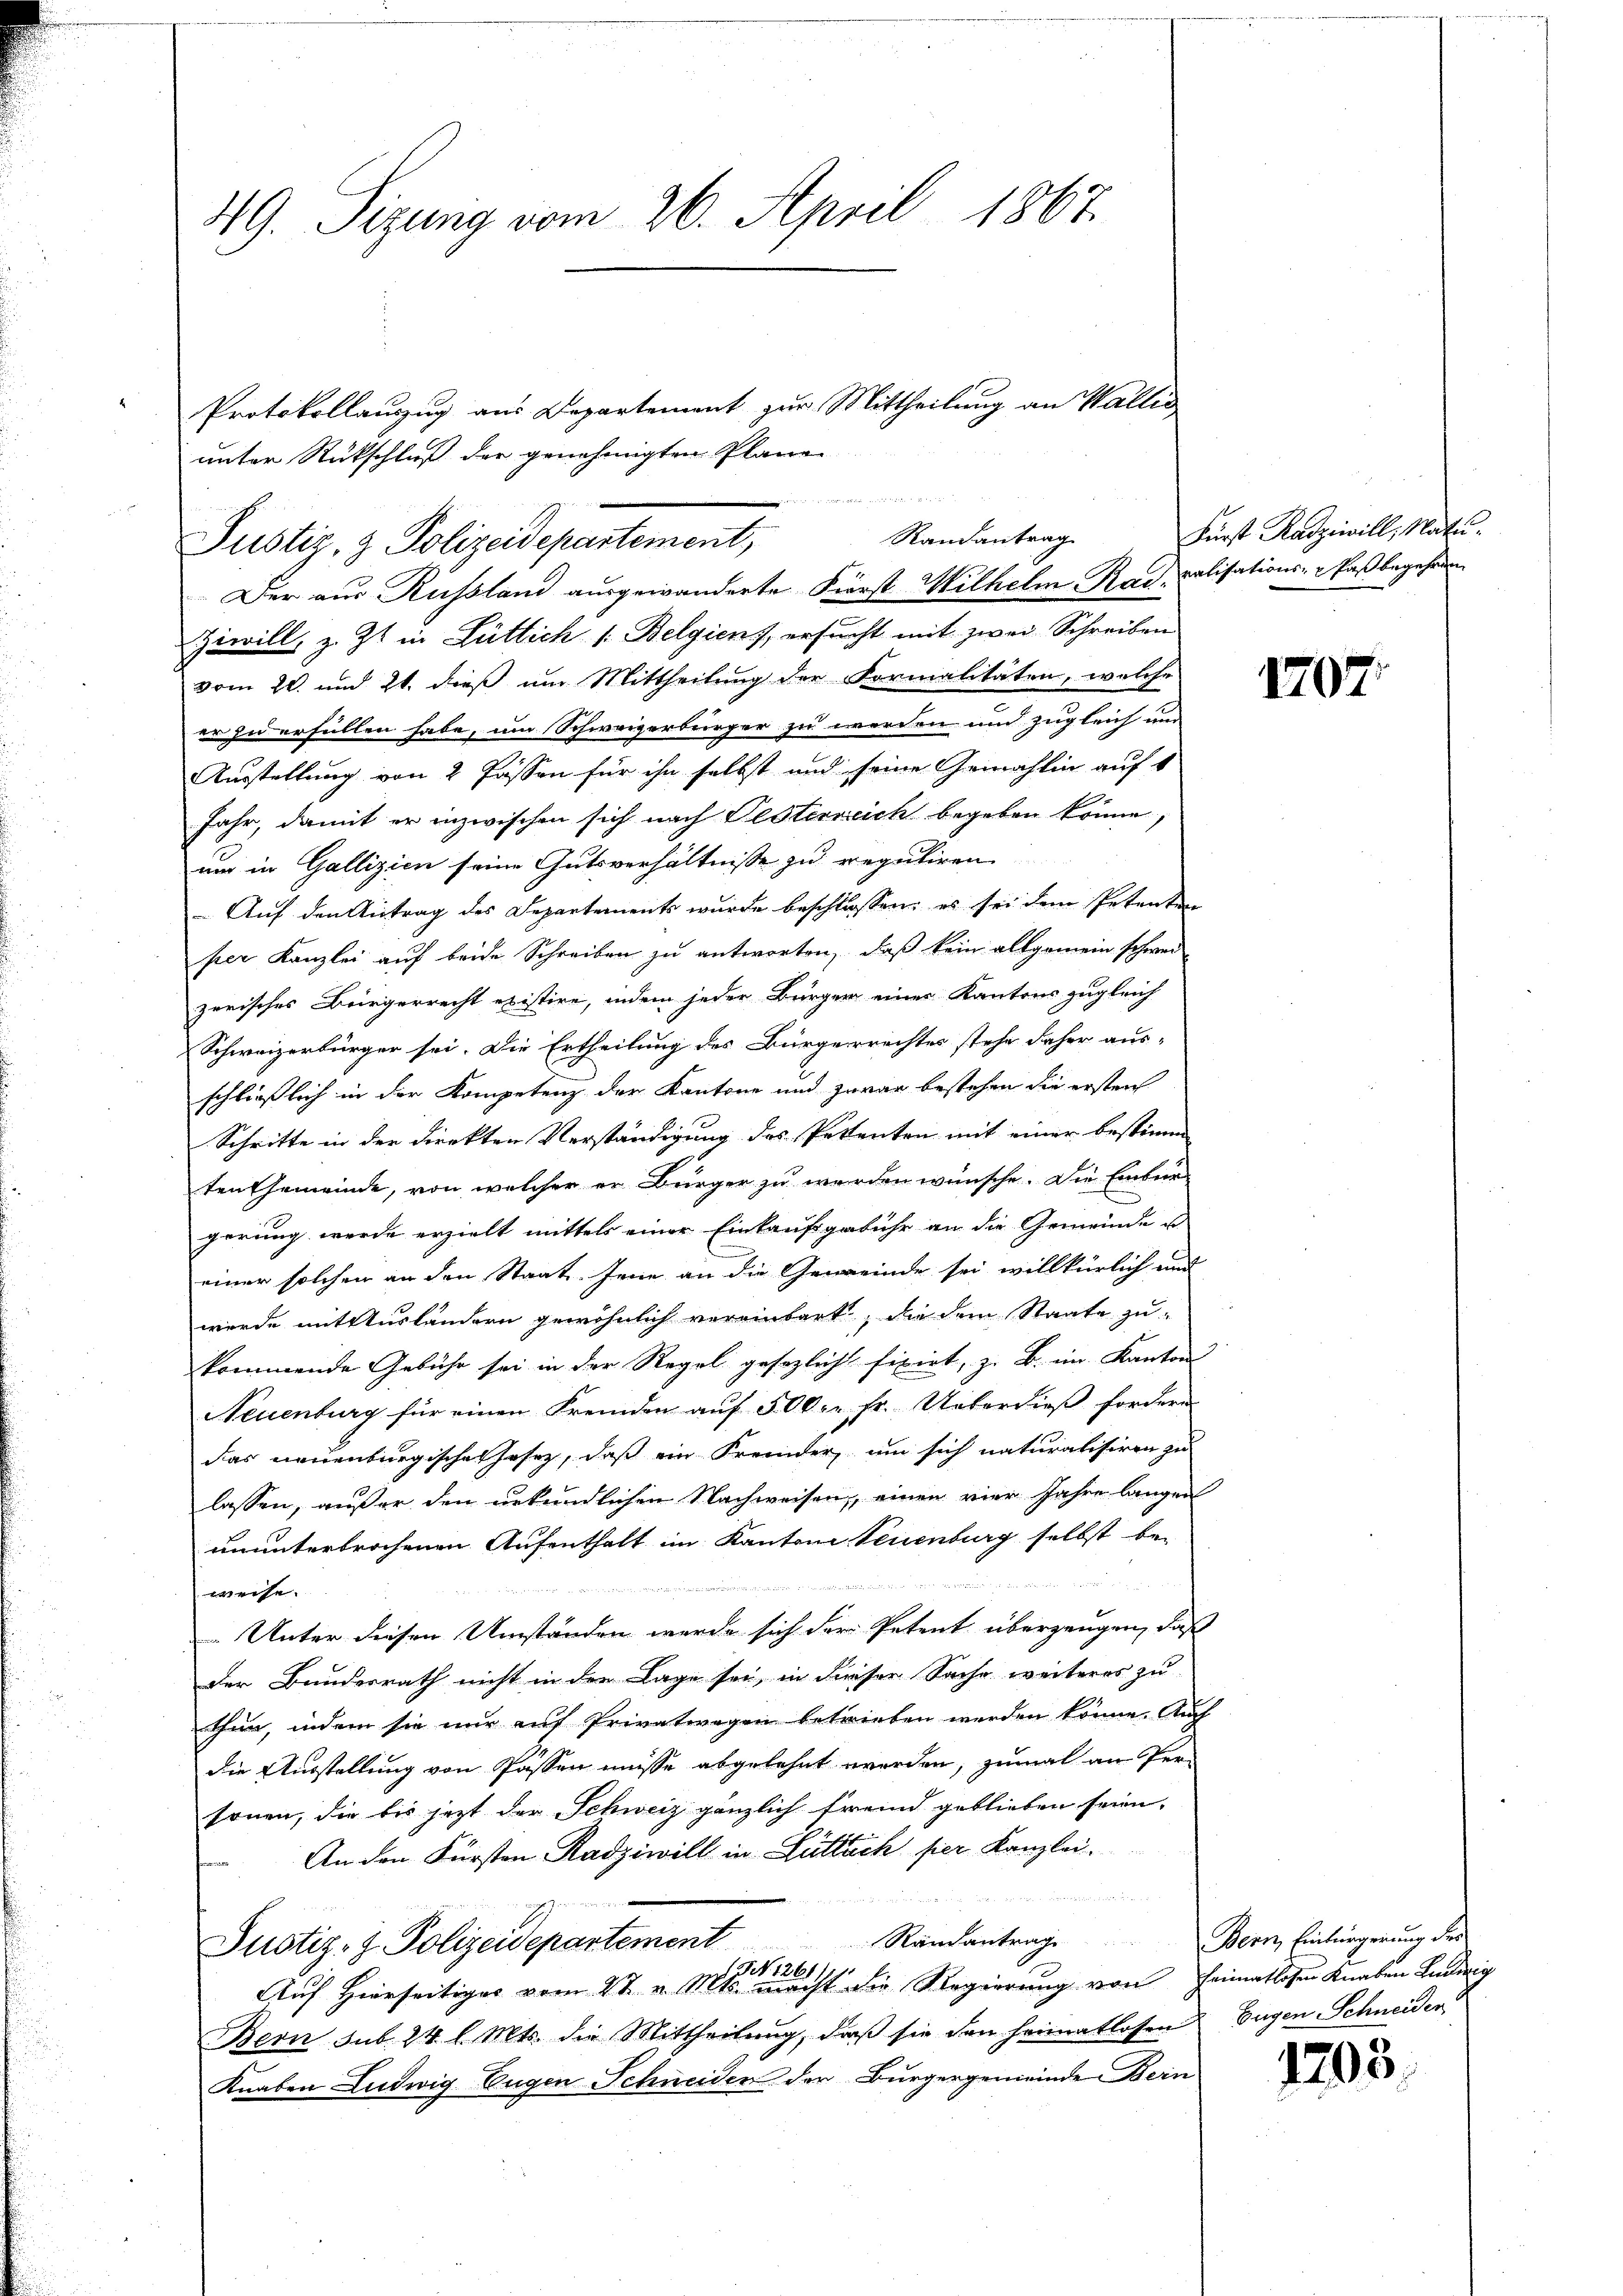
49. Sizung vom 26. April 1867.

unter Rückschluß der genehmigten Plane
Justiz- & Polizeidepartement,
Der aus Russland ausgewanderte First Wilhelm Rad calisations-Caßbegehren
Ziwill, z. Zt. in Lüttich /: Belgien, ersucht mit zwei Schreiben
vom 20. und 21. dieß um Mittheilung der Formalitäten, welche
er zu erfüllen habe, um Schweizerbürger zu werden und zugleich und
Ausstellung von 2 Fassen für ihn selbst und seine Gemahlin auf 1
Jahr, damit er inzwischen sich nach Festerreich begeben könne,
um in Gallizien seine Gutsverhältnisse zu reputiren
Auf den Antrag des Departements wurde beschlossen: es sei dem Petenten
per Kanzlei auf beide Schreiben zu antworten, daß kein allgemein schwer-
zerisches Bürgerrecht existire, indem jeder Bürger einer Kantons zugleich
Schweizerbürger sei. Die Ertheilung des Bürgerrechtes stehe daher aus-
schließlich in der Kompetenz der Kantone und zwar bestehen die ersten
Schritte in der Direkten Verständigung des Petenten mit einer bestimm
ten Gemeinde, von welcher er Bürger zu werden wünsche. Die Einbür-
gerung werde erzielt mittels einer Einkaufsgebühr an die Gemeinde e
einer solchen an den Staat. Jene an die Gemeinde sei willkürlich und
wurde mit Ausländern gewöhnlich vereinbart, die dem Staate zu
kommende Gebühr sei in der Regel gesezlicht fixirt, z. B. im Kanton
Neuenburg für einen Fremden auf 500 c. fr. Ueberdieß fordern
das neuenburgischen Jahrz, daß ein Fremder, um sich naturalisiren zu
lassen, außer den urkundlichen Nachweisen, einen vier Jahre langen
ununterbrochenen Aufenthalt im Kantone Teuenburg selbst be-

2424 f.
weise.
 Unter diesen Umständen werde sich der Petent überzeugen, daß
der Bundesrath nicht in der Lage sei, in dieser Sache weiteres zu
thun, indem sie nur auf Privatwegen betrieben werden könne. Auch
die Ausstellung von Passen müsse abgelehnt worden, zumal an Per-
sonen, die bis jetzt der Schweiz gänzlich fremd geblieben seien,
An den Fürsten Radziwill in Gültsch per Kanzlei.
un
Ramantrage Bern, Einbürgerung des
Justiz- & Polizeidepartement
S. 1261.
15
Auf Hierseitiges vom 2t v. Mts. macht die Regierung von Heimatlosen Knaben Ludwig
Bern sub. 24 l. Mts. die Mittheilung, daß sie dann heimatlosen Eugen Schneiden
Knaben Ludwig Eugen Schneiden der Bürgergemeinde Bein

Randantrag

Protokollauszug aus Departement zur Mittheilung an Wallis

Fürst Radziwill, Natu¬

1797.

1203.